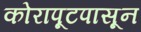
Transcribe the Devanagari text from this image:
कोरापूटपासून